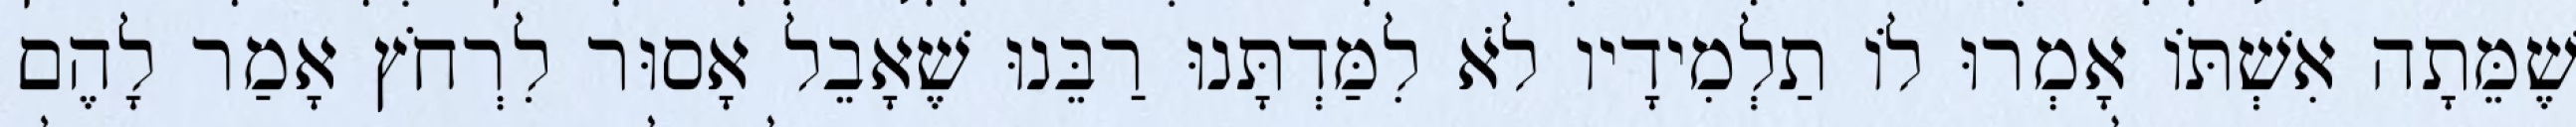
שֶׁמֵּתָה אִשְׁתּוֹ אָמְרוּ לוֹ תַלְמִידָיו לֹא לִמַּדְתָּנוּ רַבֵּנוּ שֶׁאָבֵל אָסוּר לִרְחֹץ אָמַר לָהֶם